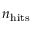
n _ { \mathrm { h i t s } }